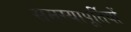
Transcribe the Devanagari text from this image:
समस्यापूर्तियों